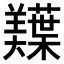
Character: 𫅠